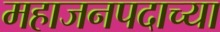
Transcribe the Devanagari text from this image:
महाजनपदाच्या